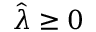
\hat { \lambda } \geq 0